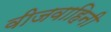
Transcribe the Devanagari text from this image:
वीजवाहिनी